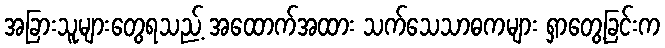
အခြားသူများတွေရသည့် အထောက်အထား သက်သေသာဓကများ ရှာတွေ့ခြင်းက